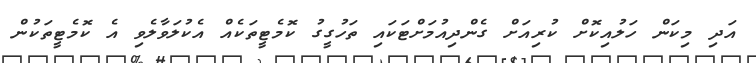
އަދި މިކަން ހަލުއިކޮށް ކުރިއަށް ގެންދިއުމަށްޓަކައި ތަހުގީގު ކޮމެޓީތަކެއް އެކުލަވާލެވި އެ ކޮމެޓީތަކުން